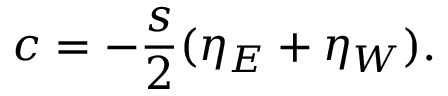
c = - \frac { s } { 2 } ( \eta _ { E } + \eta _ { W } ) .